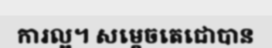
ការល្អ។ សម្តេចតេជោបាន